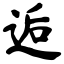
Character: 逅